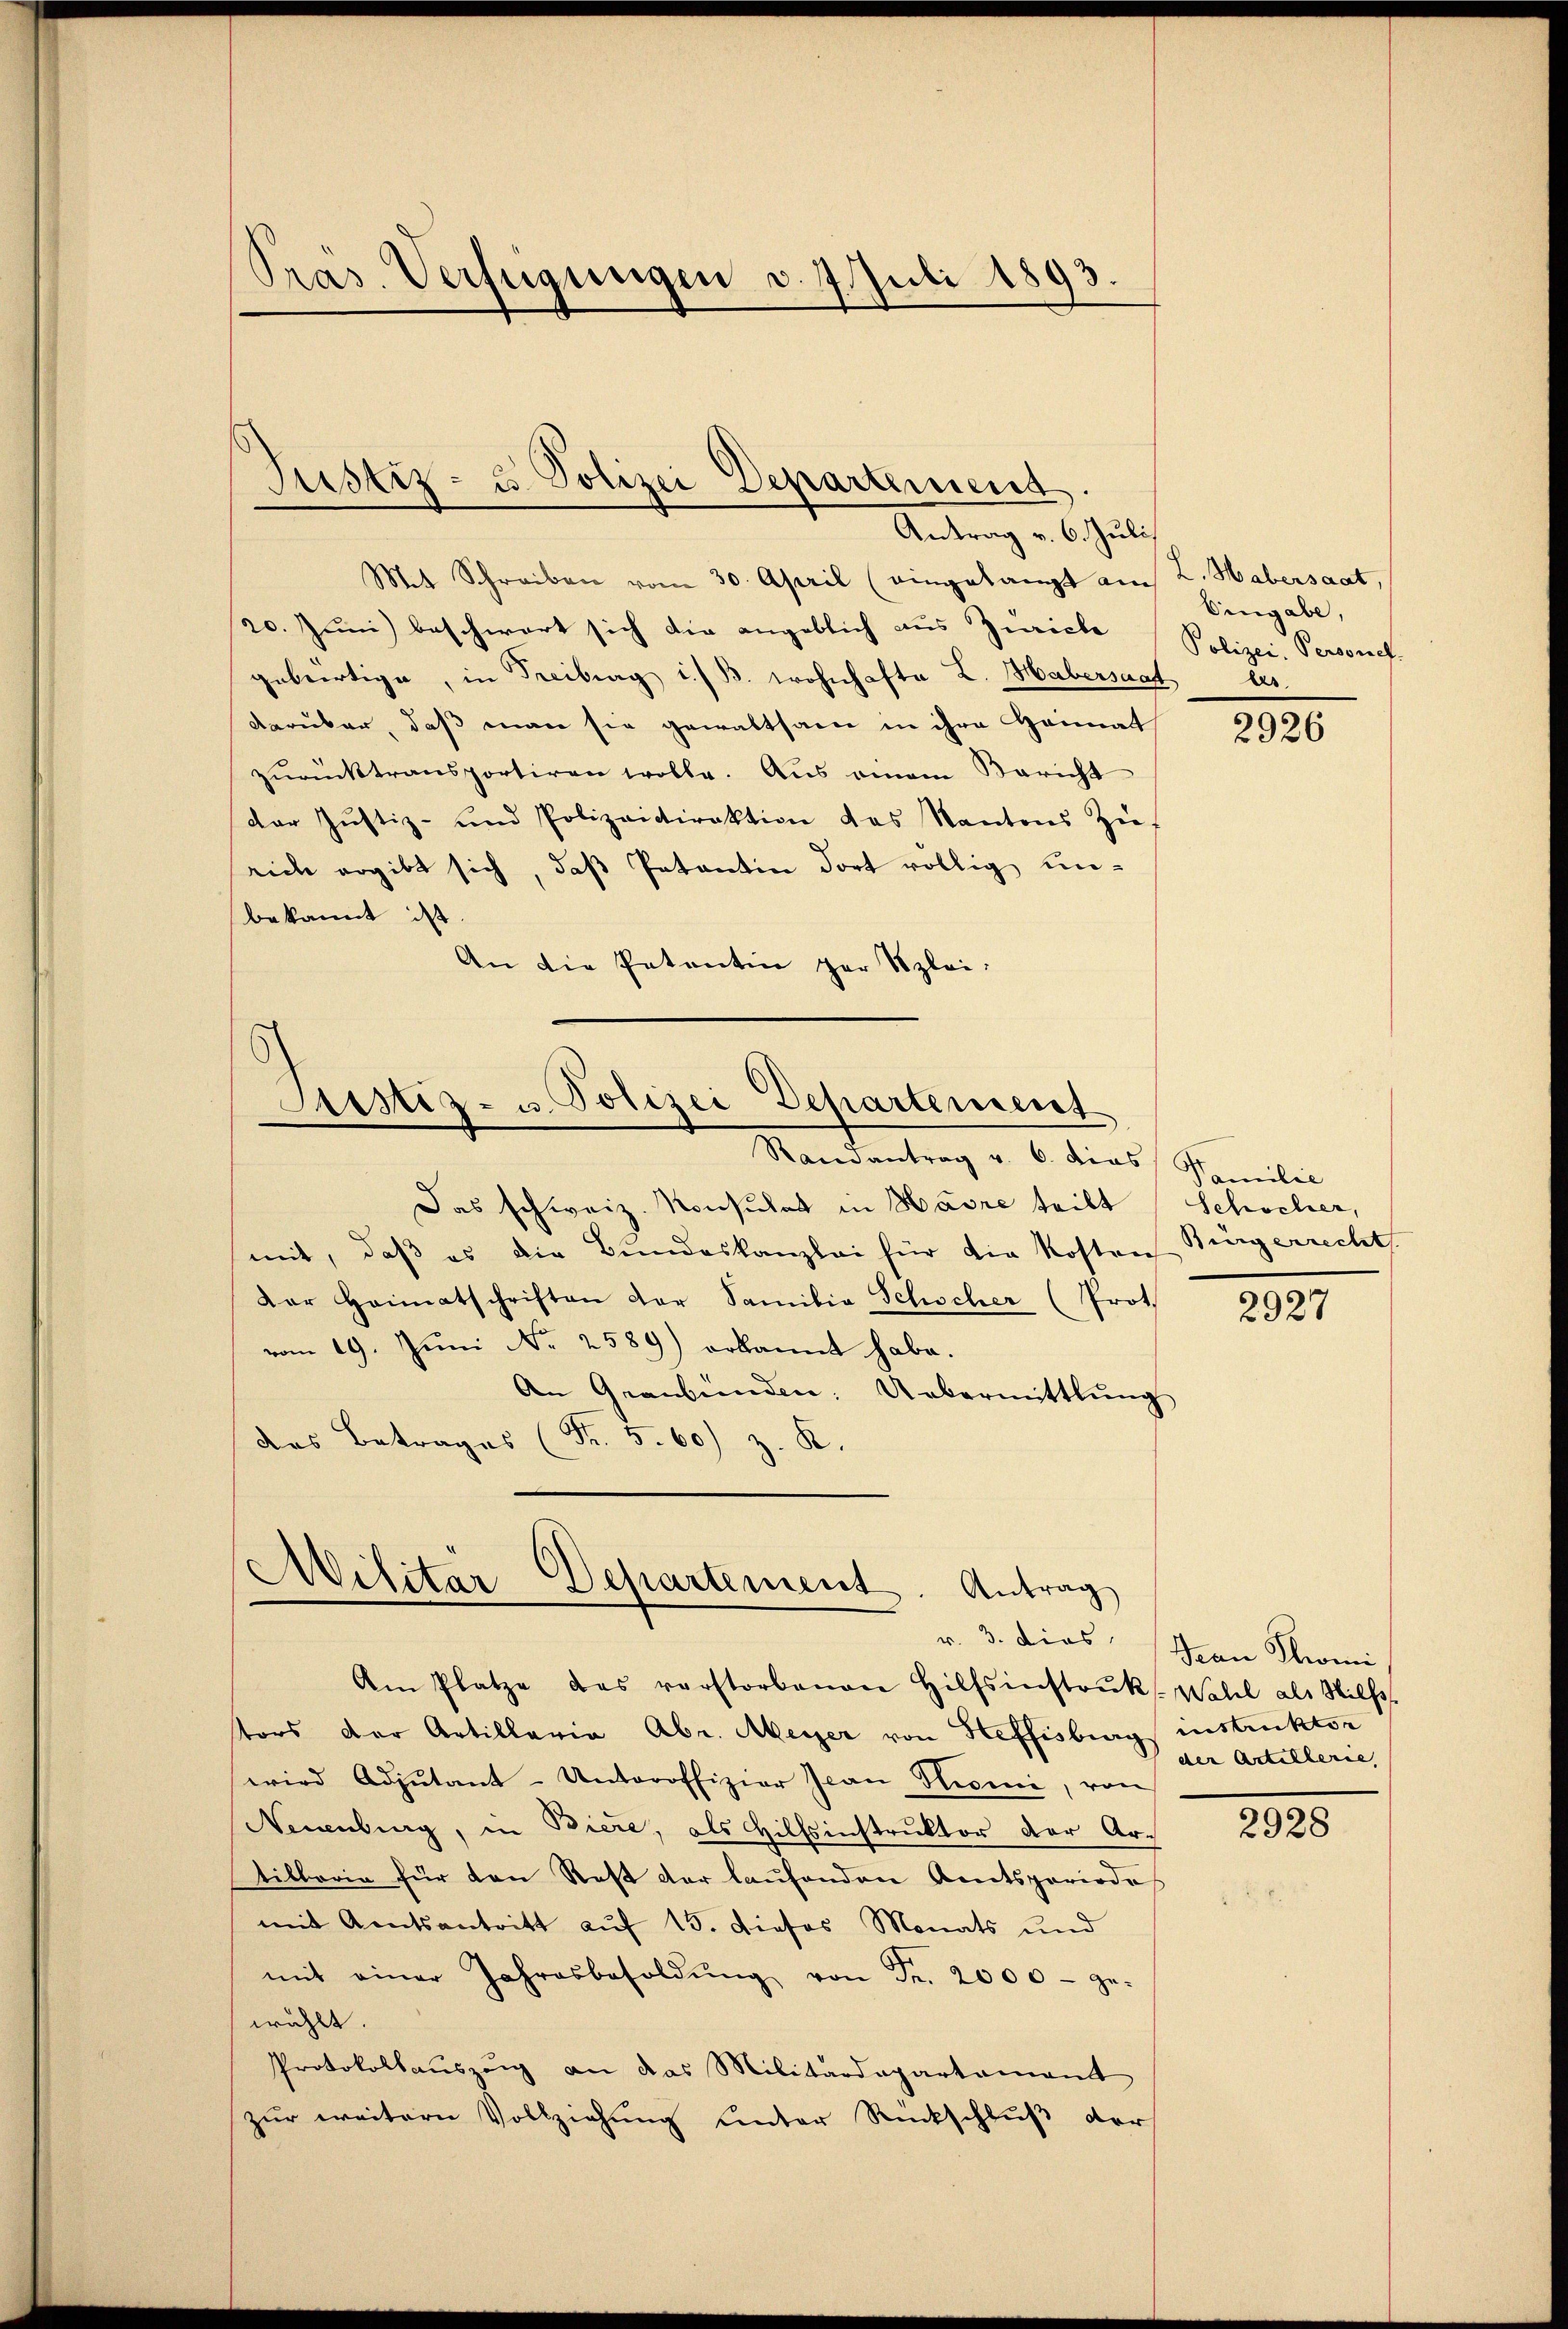
Präs. Verfügungen d. 7. Juli 1893.

Mit Schreiben vom 30. April (eingelangt auch L. Habersaat,
20. Juni beschwert sich die angeblich aus Zürich
gebertige, in Freiburg i./B. wohnhafte L. Habersaat es
darüber, daß man sie gewaltsame in ihre Heimat
zŭrücktransportiren wolle. Aus einem Bericht
der Justiz- und Polizeidirektion das Kantons Züeich ergibt sich, daß Petentin dort völlig unbekannt ist
An die Petentin zur Szlei-

Justiz- u. Polizei Departemend
Antrag v. 6. Juli

Sistiz- u. Polizei Departement
Randantrag v. 6. dies Familie

Wilitar Departement. Antrag
v. 3. dies
Am Platze das verstorbenen Hilfsinstrŭk. Wahl als Wilh.

tors der Artillaria Abr. Meyer von Heffisburg instrukten
wird Adjutant-Unteroffizier Jean Thomi, von
Neuenburg, in Biere, als Hilfsinstruktor der Artillaria für den Rest der laŭfenden Amtsperiode
mit Amtsantritt aŭf 15. dieses Monats und
mit einer Jahresbesoldŭng von Fr. 2000 - ge-
wählt.
Protokollauszug an das Militärdepartament
zur weitern Vollziehung unter Rückschluß der

Eingabe,
Polizei, Personel

Das schweiz. Konsulat in Havre teilt (Schocher,
mit, daβ es die Bŭndeskanzlei für die Kosten
Der Heimatschriften der Samilia Schocher (Prot.
vom 19. Juni Nr. 2589) erkannt habe.
An Graubünden. Uebermittlung
des Betrages (Fr. 5. 60) z. R.

2926

Bürgerrecht

2927

Frau Thomi
der Artillerie,

2928